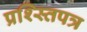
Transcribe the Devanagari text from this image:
प्रश्स्तिपत्र